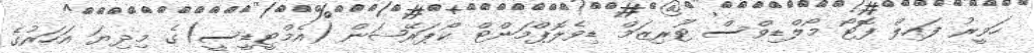
ހަވީރު ފައިލް ފޮޓޯ މޯލްޑިވްސް ޓޫރިޒަމް ޑިވެލޮޕްމަންޓް ކޯޕަރޭޝަން (އެމްޓީޑީސީ)ގެ މިދިޔަ އަހަރުގެ